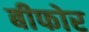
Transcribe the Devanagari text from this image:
बीफोर